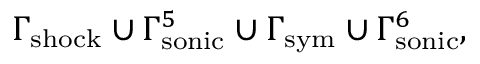
\Gamma _ { \mathrm { s h o c k } } \cup \Gamma _ { \mathrm { s o n i c } } ^ { 5 } \cup \Gamma _ { \mathrm { s y m } } \cup \Gamma _ { \mathrm { s o n i c } } ^ { 6 } ,